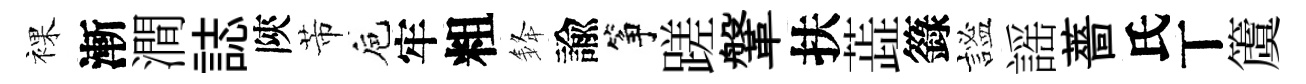
裸漸澗誌陝芾巵牢粗𨦟諭筝蹉鞶扶蕋籙謐謡薔氏丅𥵂